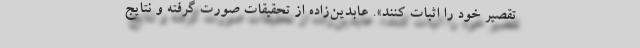
تقصیر خود را اثبات کنند». عابدین‌زاده از تحقیقات صورت گرفته و نتایج